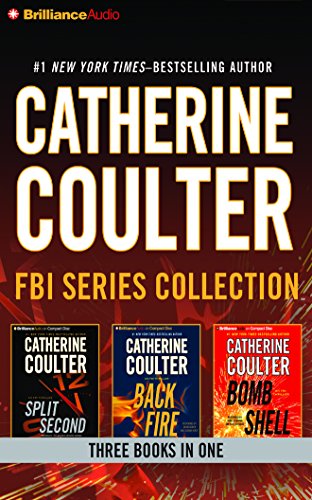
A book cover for Catherine Coulter - FBI Series Collection: Split Second, Backfire, Bombshell; Catherine Coulter; Romance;